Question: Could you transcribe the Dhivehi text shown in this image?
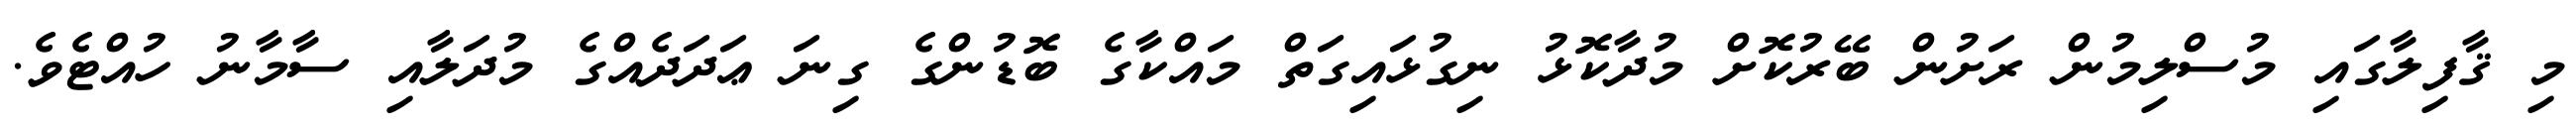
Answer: މި ޤާފިލާގައި މުސްލިމުން ރަށުން ބޭރުކޮށް މުދާކޮޅު ނިގުޅައިގަތް މައްކާގެ ބޮޑުންގެ ގިނަ ޢަދަދެއްގެ މުދަލާއި ސާމާނު ހުއްޓެވެ.